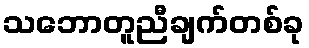
သဘောတူညီချက်တစ်ခု